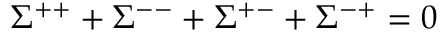
\Sigma ^ { + + } + \Sigma ^ { -- } + \Sigma ^ { + - } + \Sigma ^ { - + } = 0